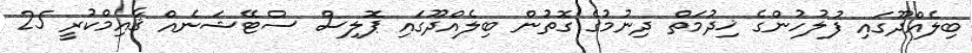
ބިލެއްދޫގައި ފުލުހުންގެ ޚިދުމަތް ދިނުމުގެ ގޮތުން ބިލެއްދޫގައި ޕޮލިސް ސްޓޭޝަނެއް ޤާއިމްކުރީ 25